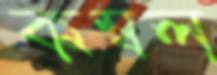
কম্বল